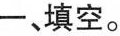
一、填空。